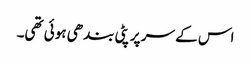
اس کے سر پر پٹی بندھی ہوئی تھی۔